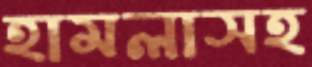
হামলাসহ